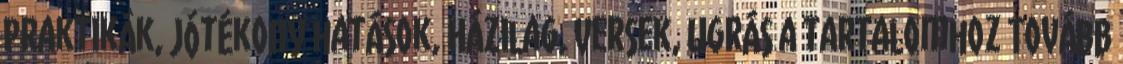
Praktikák, Jótékony hatások, Házilag, Versek, Ugrás a tartalomhoz Tovább